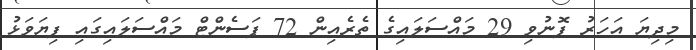
މިދިޔަ އަހަރު ފޮނުވި 29 މައްސަލައިގެ ތެރެއިން 72 ޕަސެންޓް މައްސަލައިގައި ފިޔަވަޅު